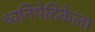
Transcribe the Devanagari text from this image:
ध्वनिपेटिकेला